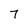
Character: 7